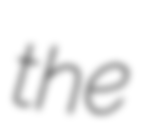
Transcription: the